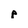
Character: p